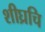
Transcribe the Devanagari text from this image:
शीघ्रचि